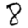
Digit: 8